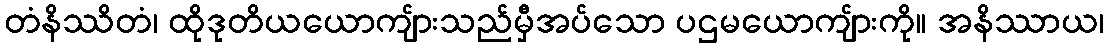
တံနိဿိတံ၊ ထိုဒုတိယယောကျ်ားသည်မှီအပ်သော ပဌမယောကျ်ားကို။ အနိဿာယ၊